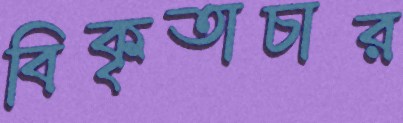
বিকৃতাচার